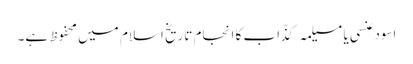
اسود عنسی یا مسیلمہ کذّاب کا انجام تاریخ اسلام میں محفوظ ہے۔